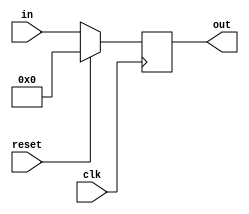
module reg_5bitne(out, in, reset, clk);

output 	[4:0] 	out;
reg 		[4:0] 	out;
input  	[4:0] 	in;
input 			clk, reset;

always @(posedge clk)

begin
	if(reset == 1'b1)
		out <= 0;
	else
		out <= in;
end

endmodule